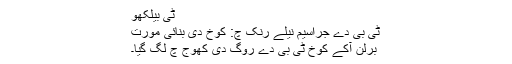
ٹی بیلکھو
ٹی بی دے جراسیم نیلے رنک چ: کوخ دی بنائی مورت
برلن آکے کوخ ٹی بی دے روگ دی کھوج چ لگ گیا۔